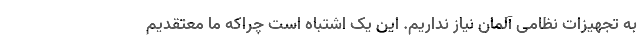
به تجهیزات نظامی آلمان نیاز نداریم. این یک اشتباه است چراکه ما معتقدیم